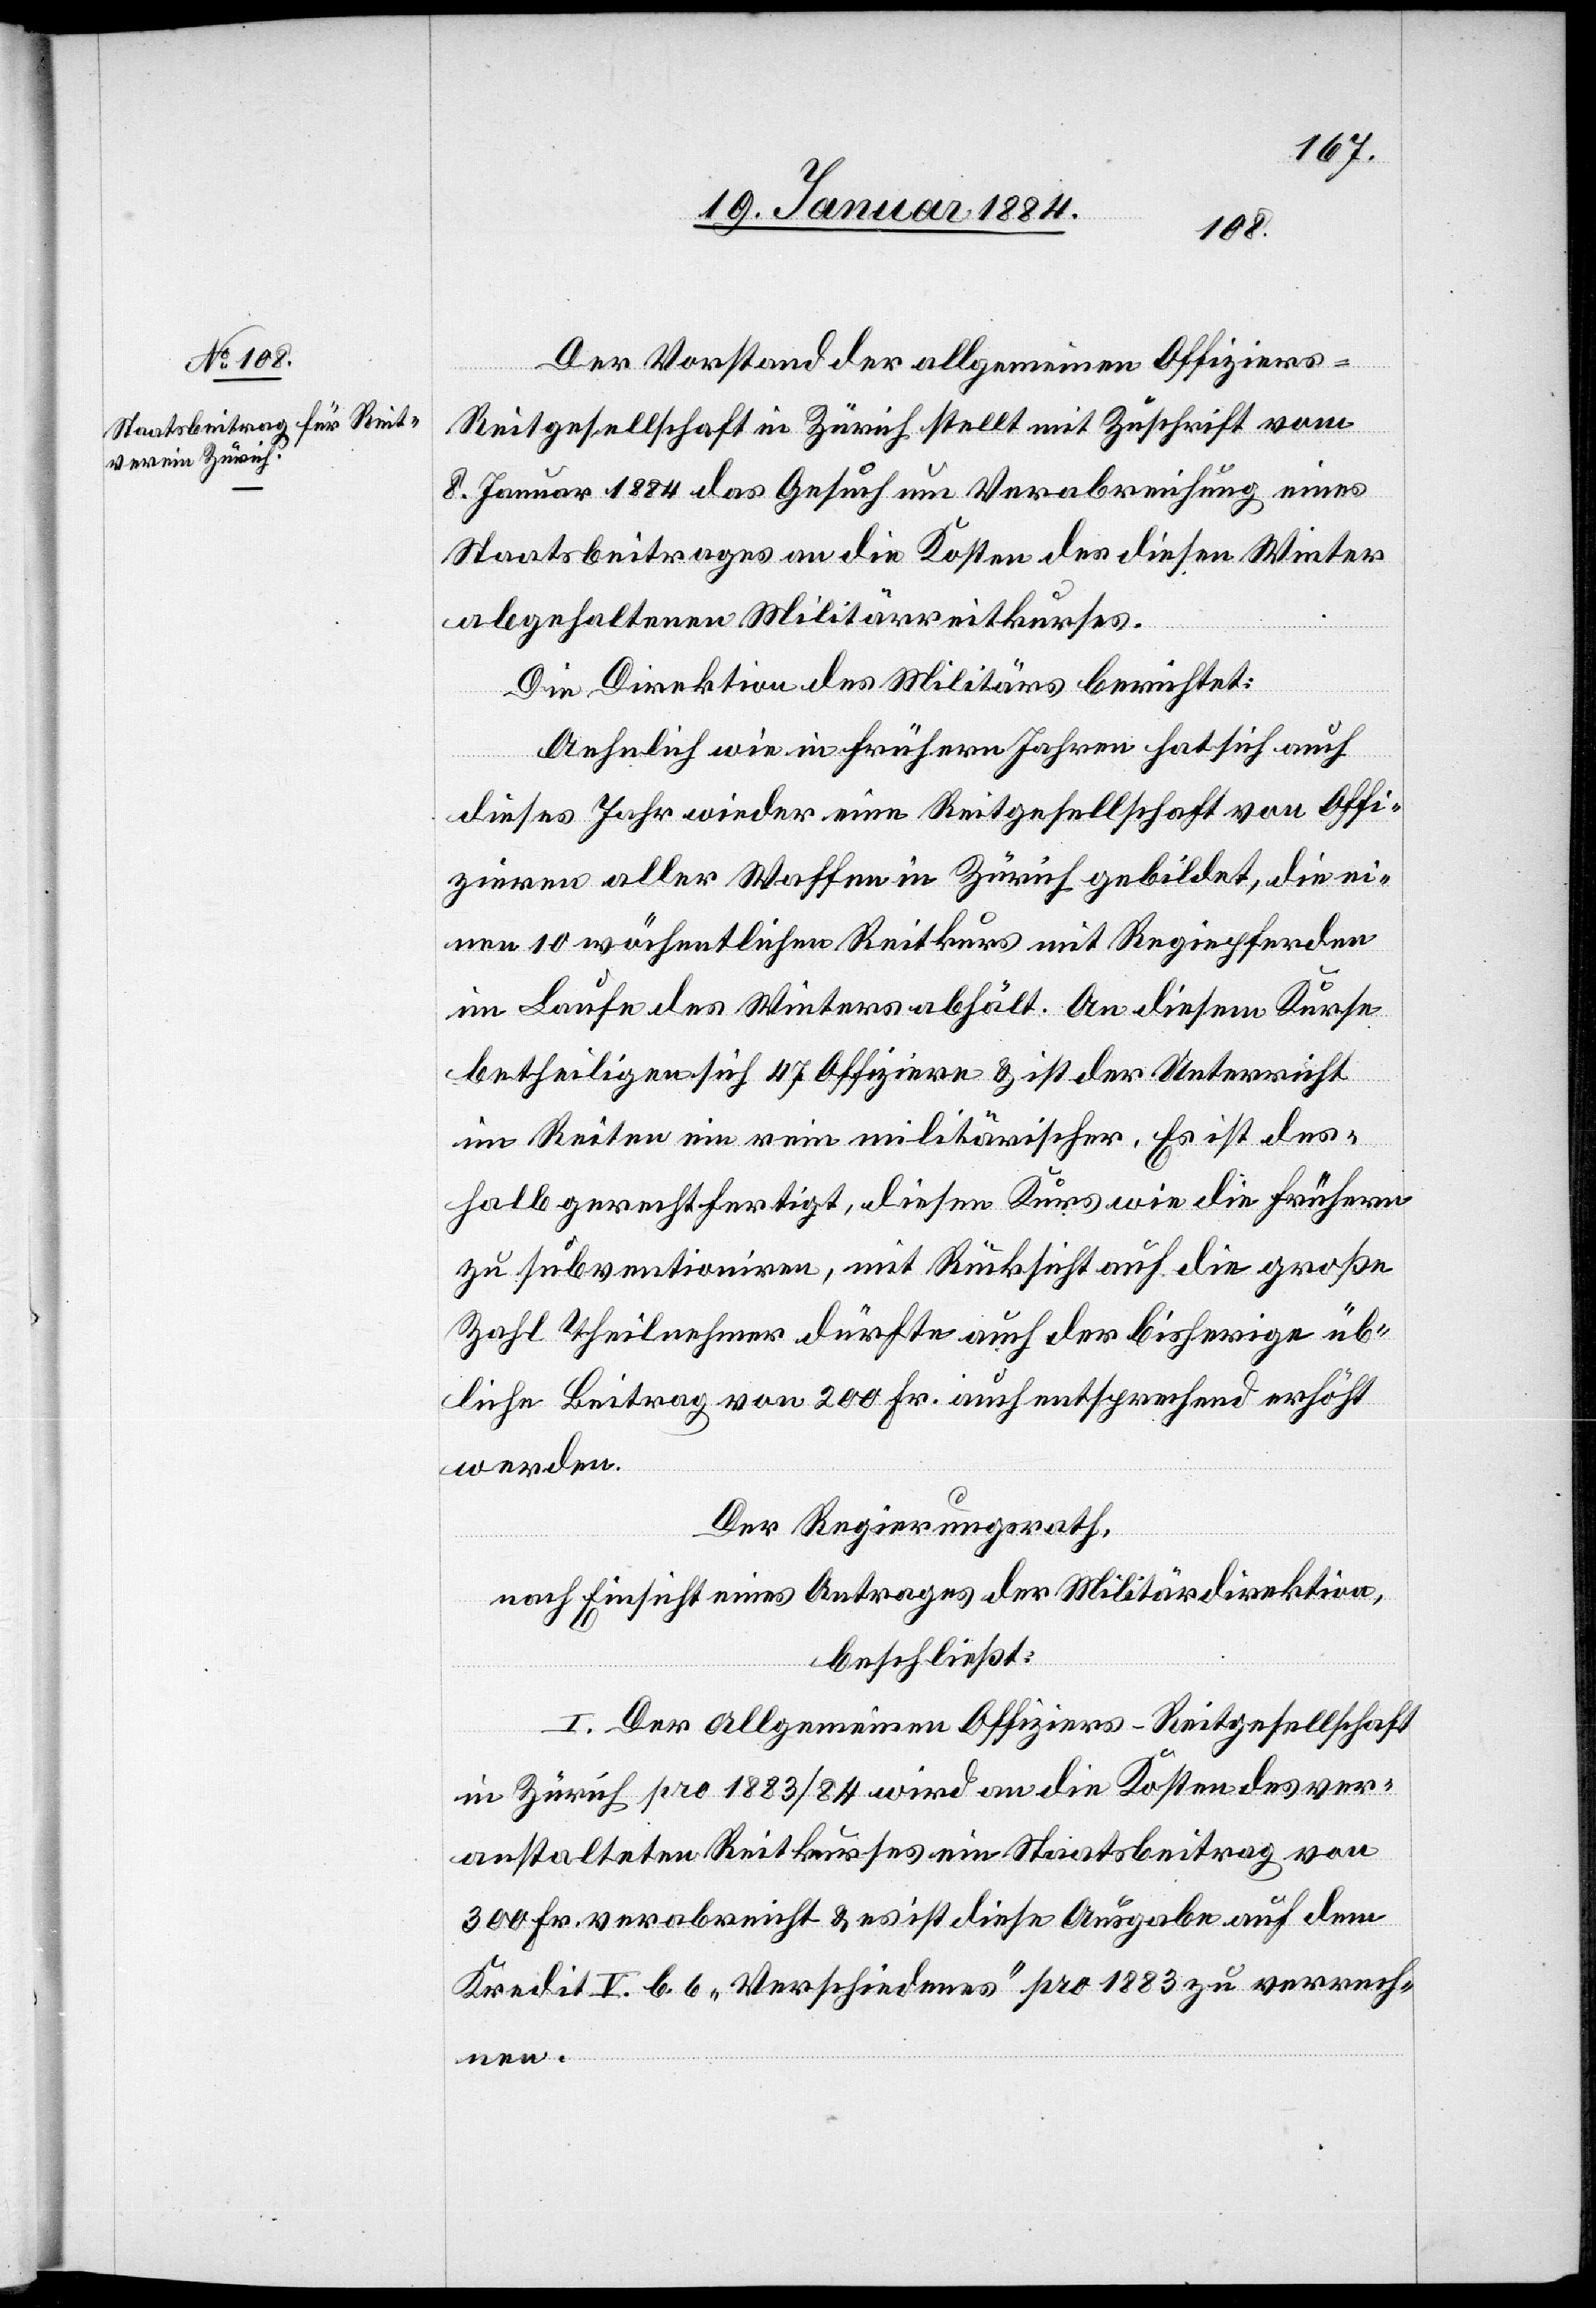
Der Vorstand der allgemeinen Offiziers-R¬
eitgesellschaft in Zürich stellt mit Zuschrift vom
8. Januar 1884 das Gesuch um Verabreichung eines
Staatsbeitrages an die Kosten des diesen Winter
abgehaltenen Militärreitkurses.
Die Direktion des Militärs berichtet:
Aehnlich wie in früheren Jahren hat sich auch
dieses Jahr wieder eine Reitgesellschaft von Offi¬
zieren aller Waffen in Zürich gebildet, die ei¬
nen 10 wöchentlichen Reitkurs mit Regiepferden
im Laufe des Winters abhält. An diesem Kurse
betheiligen sich 47 Offiziere & ist der Unterricht
im Reiten ein rein militärischer. Es ist des¬
halb gerechtfertigt, diesen Kurs wie die frühern
zu subventionieren, mit Rücksicht auf die große
Zahl Theilnehmer dürfte auch der bisherige üb¬
liche Beitrag von 200 Fr. auch [sic!] entsprechend erhöht
werden.
Der Regierungsrath,
nach Einsicht eines Antrages der Militärdirektion,
beschließt:
I. Der allgemeinen Offiziers-Reitgesellschaft
in Zürich pro 1883/84 wird an die Kosten des ver¬
anstalteten Reitkurses ein Staatsbeitrag von
300 Fr. verabreicht & es ist diese Ausgabe auf den
Kredit V. b. c. „Verschiedenes“ pro 1883 zu verrech¬
nen.